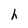
Character: h